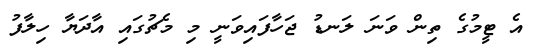
އެ ޓީމުގެ ތިން ވަނަ ލަނޑު ޖަހާފައިވަނީ މި މެޗުގައި އާދަޔާ ހިލާފު